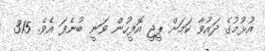
އުޅުމުގެ ދައުވާ ކަމަށް ޕީޖީ އޮފީހުން ވަނީ ބުނެފަ އެވެ. 315